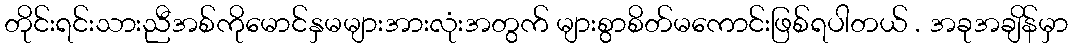
တိုင်းရင်းသားညီအစ်ကိုမောင်နှမများအားလုံးအတွက် များစွာစိတ်မကောင်းဖြစ်ရပါတယ် . အခုအချိန်မှာ